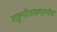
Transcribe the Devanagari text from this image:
राष्ट्रगीतांप्रमाणेच